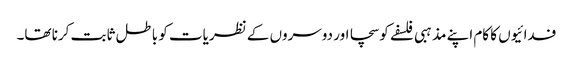
فدائیوں کا کام اپنے مذہبی فلسفے کو سچا اور دوسروں کے نظریات کو باطل ثابت کرنا تھا۔